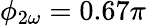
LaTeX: \phi_{2\omega}=0.67\pi